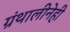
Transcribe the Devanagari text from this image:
ग्रंथालीनेही